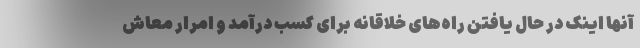
آنها اینک در حال یافتن راه‌های خلاقانه برای کسب درآمد و امرار معاش